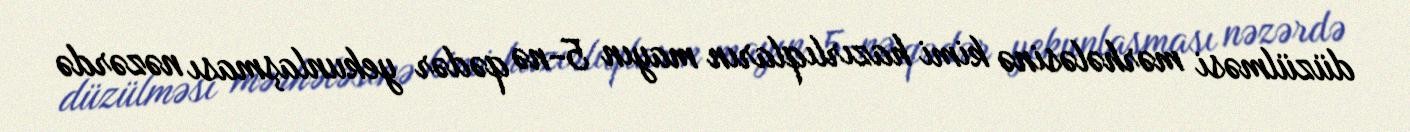
düzülməsi mərhələsinə kimi hazırlıqların mayın 5-nə qədər yekunlaşması nəzərdə